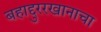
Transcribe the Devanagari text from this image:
बहाद्दुररखानाचा